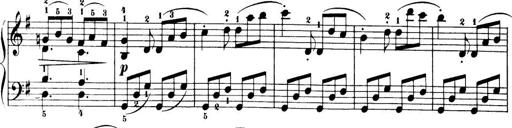
Title: 32 Sonatinas and Rondos for the Piano
Composer: Richard Kleinmichel